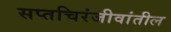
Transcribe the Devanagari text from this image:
सप्तचिरंजीवांतील